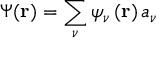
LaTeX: \Psi ( \mathbf { r } ) = \sum _ { \nu } \psi _ { \nu } \left( \mathbf { r } \right) a _ { \nu }